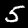
Digit: 5